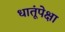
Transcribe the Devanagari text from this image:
धातूंपेक्षा